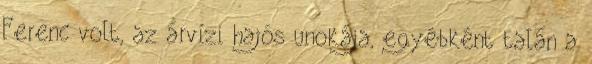
Ferenc volt, az árvízi hajós unokája, egyébként talán a